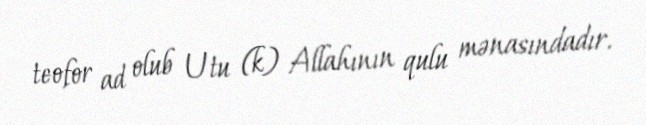
teofor ad olub Utu (k) Allahının qulu mənasındadır.